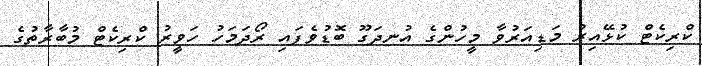
ކްރިކެޓް ކުޅޭއިރު މަޑިއަރުވާ މީހުންގެ އުނދަގޫ ބޮޑުވެފައި ރޯދަމަހު ހަވީރު ކްރިކެޓް މުބާރާތުގެ